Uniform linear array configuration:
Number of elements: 64
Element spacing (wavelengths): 0.5
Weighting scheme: binomial
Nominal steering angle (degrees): -15
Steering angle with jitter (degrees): -16.209
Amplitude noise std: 0.05
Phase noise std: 0.05

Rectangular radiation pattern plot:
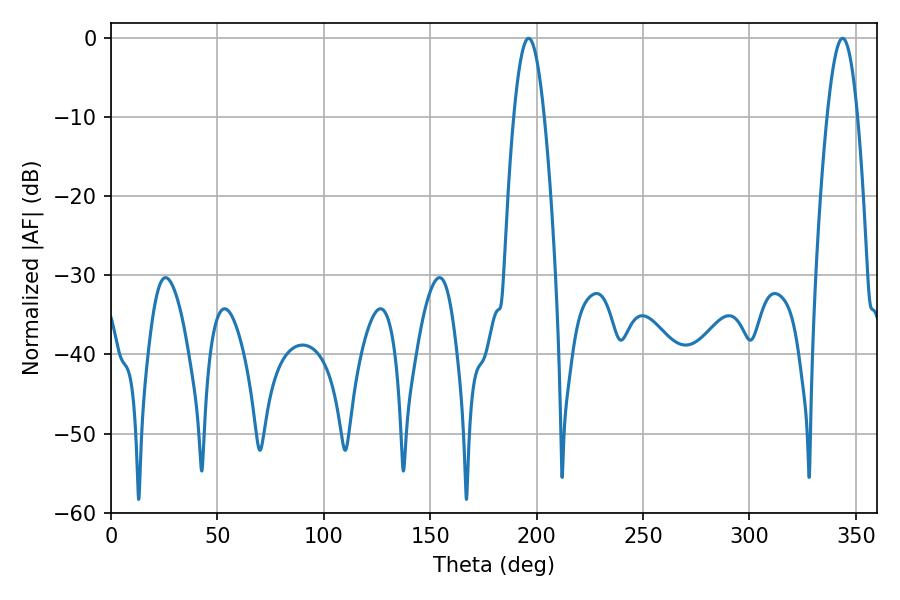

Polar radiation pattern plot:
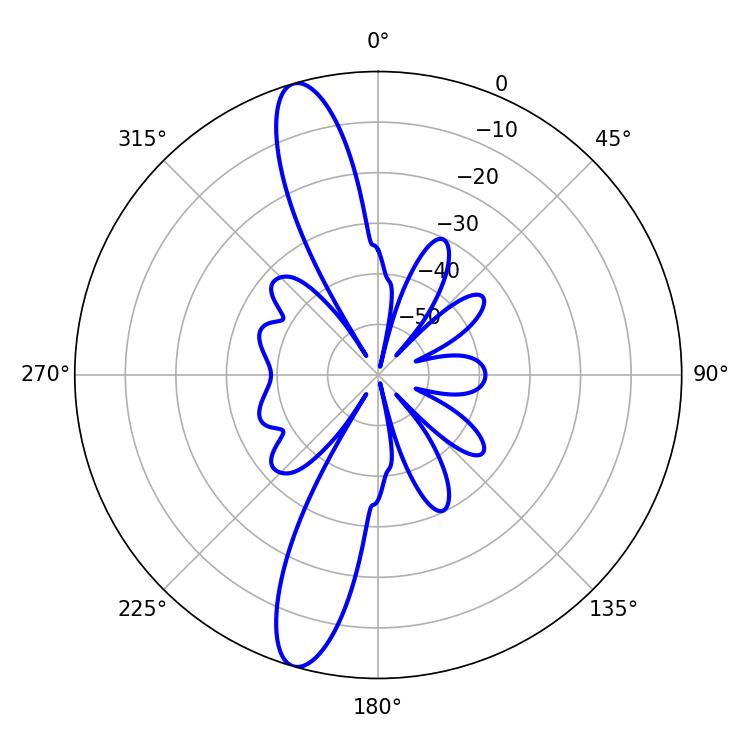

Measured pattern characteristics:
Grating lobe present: FALSE
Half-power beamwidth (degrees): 7.74
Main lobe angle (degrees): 196.2